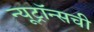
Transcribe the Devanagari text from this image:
न्यूट्रॉन्सची